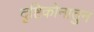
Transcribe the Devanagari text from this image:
दृष्टिकोनातुन